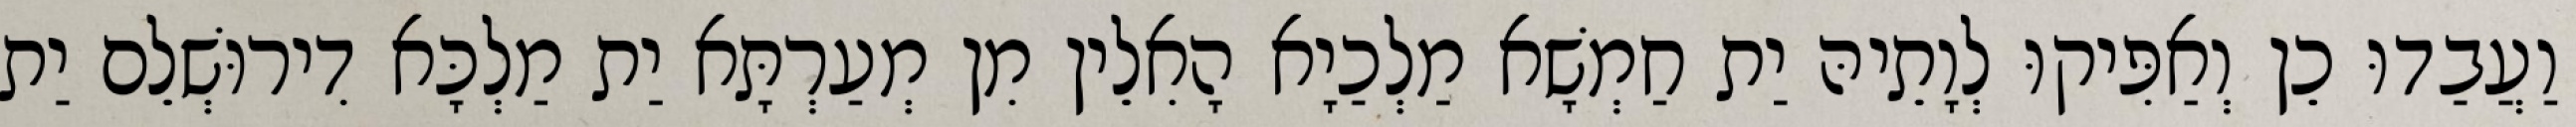
וַעֲבַדוּ כֵן וְאַפִּיקוּ לְוָתֵיהּ יַת חַמְשָׁא מַלְכַיָא הָאִלֵין מִן מְעַרְתָּא יַת מַלְכָּא דִירוּשְׁלֵם יַת